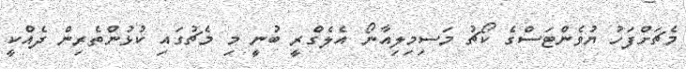
މެޗަށްފަހު ޔުވެންޓަސްގެ ކޯޗު މަސިމިލިއާނޯ އެލެގްރީ ބުނީ މި މެޗުގައި ކުޅުންތެރިން ދެއްކީ